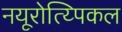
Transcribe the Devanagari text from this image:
नयूरोत्य्पिकल